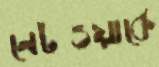
নেটওয়ার্কে